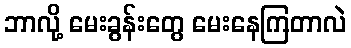
ဘာလို့ မေးခွန်းတွေ မေးနေကြတာလဲ